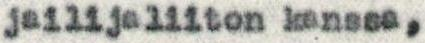
jailijaliiton kanssa,